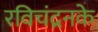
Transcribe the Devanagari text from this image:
रविचंद्रनके